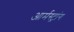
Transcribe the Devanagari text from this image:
आर्मस्‍ट्रांग